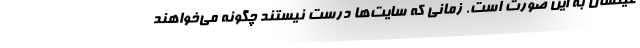
عیتشان به این صورت است. زمانی که سایت‌ها درست نیستند چگونه می‌خواهند